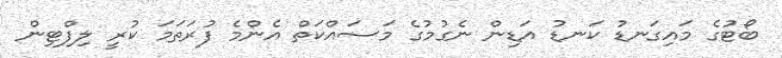
ބޯޓުގެ މައިގަނޑު ކަނޑު އަޑިން ނެގުމުގެ މަސައްކަތް އެންމެ ފުރަތަމަ ކުރީ ލިފްޓިން